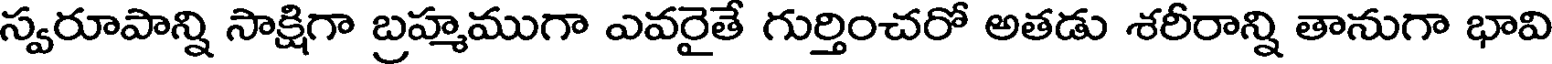
స్వరూపాన్ని సాక్షిగా బ్రహ్మముగా ఎవరైతే గుర్తించరో అతడు శరీరాన్ని తానుగా భావి